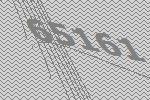
65161